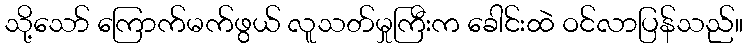
သို့သော် ကြောက်မက်ဖွယ် လူသတ်မှုကြီးက ခေါင်းထဲ ဝင်လာပြန်သည်။